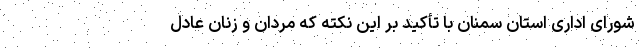
شورای اداری استان سمنان با تأکید بر این نکته که مردان و زنان عادل